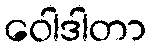
ဝေါဒါတာ